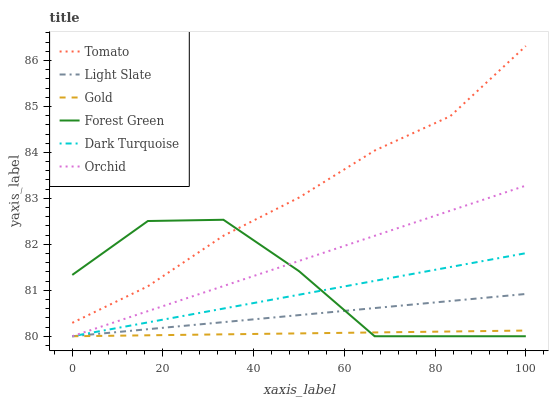
| xaxis_label | Tomato | Light Slate | Gold | Forest Green | Dark Turquoise | Orchid |
 | --- | --- | --- | --- | --- | --- | --- |
 | 0 | 80.3 | 80 | 80 | 81.3 | 80 | 80 |
 | 16.7 | 81.1 | 80.2 | 80 | 82.5 | 80.3 | 80.5 |
 | 33.3 | 82.2 | 80.3 | 80 | 82.5 | 80.6 | 81.1 |
 | 50 | 83 | 80.5 | 80.1 | 81.4 | 80.9 | 81.6 |
 | 66.7 | 84 | 80.6 | 80.1 | 80 | 81.2 | 82.2 |
 | 83.3 | 84.8 | 80.8 | 80.1 | 80 | 81.5 | 82.7 |
 | 100 | 86.3 | 80.9 | 80.1 | 80 | 81.8 | 83.3 |